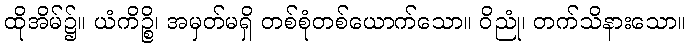
ထိုအိမ်၌။ ယံကိဉ္စိ၊ အမှတ်မရှိ တစ်စုံတစ်ယောက်သော။ ဝိညုံ၊ တက်သိနားသော။